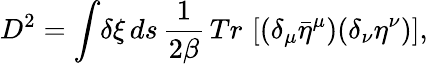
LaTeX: D^{2}=\int\! \delta\xi\, ds\, {\frac{1}{2\beta}}\, Tr\, \left[(\delta_{\mu}{\bar{\eta}}^{\mu})(\delta_{\nu}\eta^{\nu})\right],